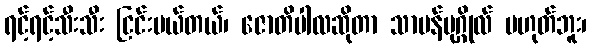
ရင့်ရင့်သီးသီး ငြင်းပယ်တယ်၊ ဇောတိပါလဆိုတာ သာမန်ပုဂ္ဂိုလ် မဟုတ်ဘူး၊